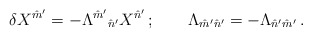
\begin{align*}\delta X^{\hat m'} = -\Lambda^{\hat m'}{}_{\hat n'} X^{\hat n'}\,;\qquad\Lambda_{\hat m'\hat n'} = -\Lambda_{\hat n'\hat m'}\,.\end{align*}